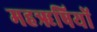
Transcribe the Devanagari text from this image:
महॠषियों